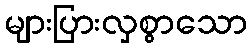
များပြားလှစွာသော